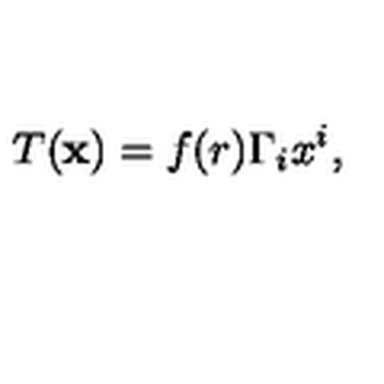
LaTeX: T ( { \bf x } ) = f ( r ) \Gamma _ { i } x ^ { i } ,